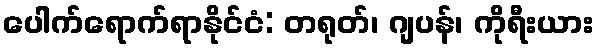
ပေါက်ရောက်ရာနိုင်ငံ: တရုတ်၊ ဂျပန်၊ ကိုရီးယား